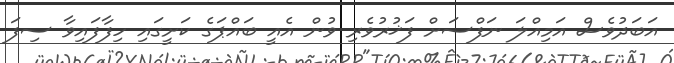
އަބަދުވެސް އަމިއްލަ ނަފްސަށް ފަޚުރުވެރި ވުން އެއީ ބައްޕަގެ ކަށީގައި ހިފާފައިވާ ސިފަ